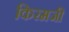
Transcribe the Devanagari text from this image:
किरमजी